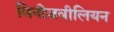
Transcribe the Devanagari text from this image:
विनीज़वीलियन